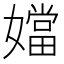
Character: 㜭